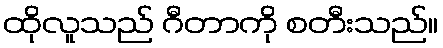
ထိုလူသည် ဂီတာကို စတီးသည်။